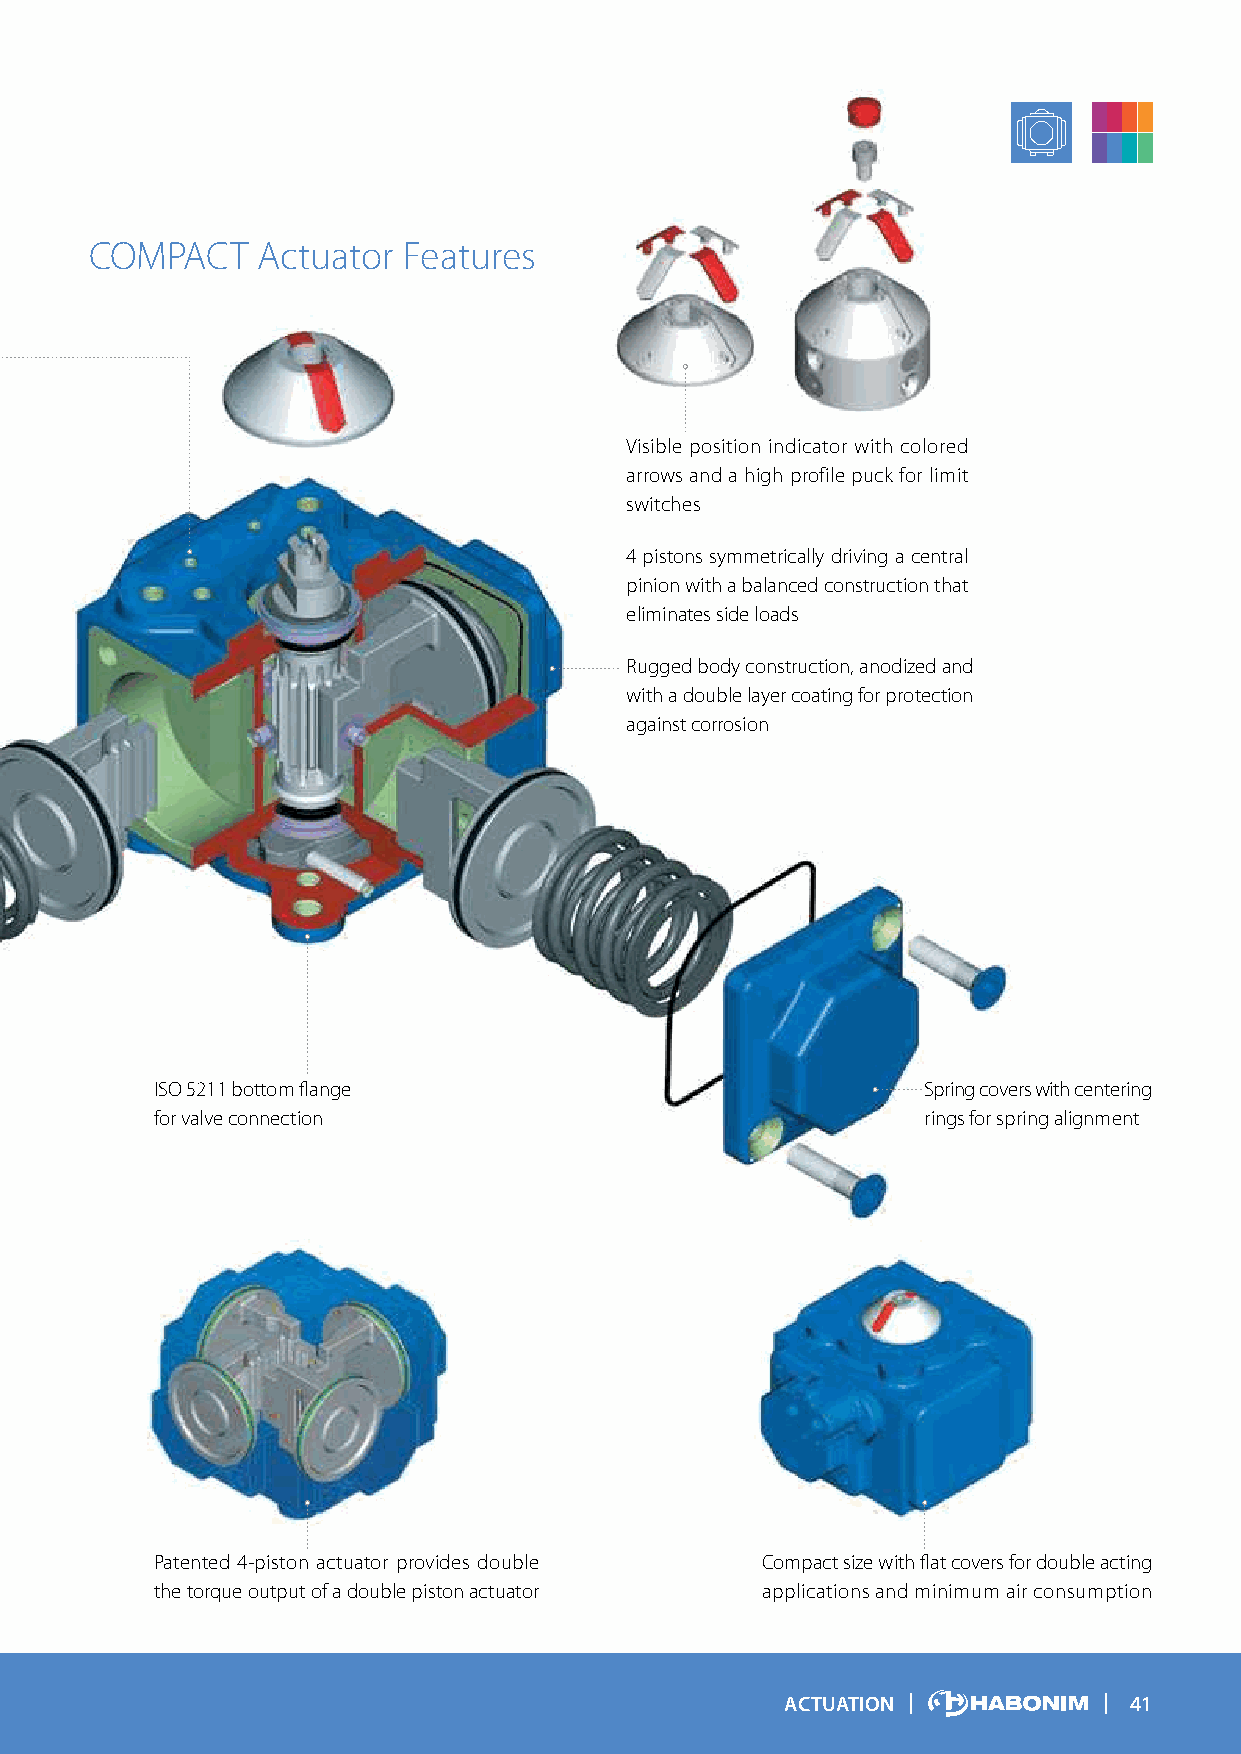
COMPACT    Actuator  Features
 Visible position indicator with colored
 arrows and a high profile puck for limit
 switches
 4 pistons symmetrically driving a central
 pinion with a balanced construction that
 eliminates side loads
 Rugged body construction, anodized and
 with a double layer coating for protection
 against corrosion
 ISO 5211 bottom flange                             Spring covers with centering
 for valve connection                               rings for spring alignment
 Patented 4-piston actuator provides double Compact size with flat covers for double acting
 the torque output of a double piston actuator applications and minimum air consumption
 ACTUATION              41